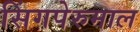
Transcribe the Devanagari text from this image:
सिंगपेरुमाल